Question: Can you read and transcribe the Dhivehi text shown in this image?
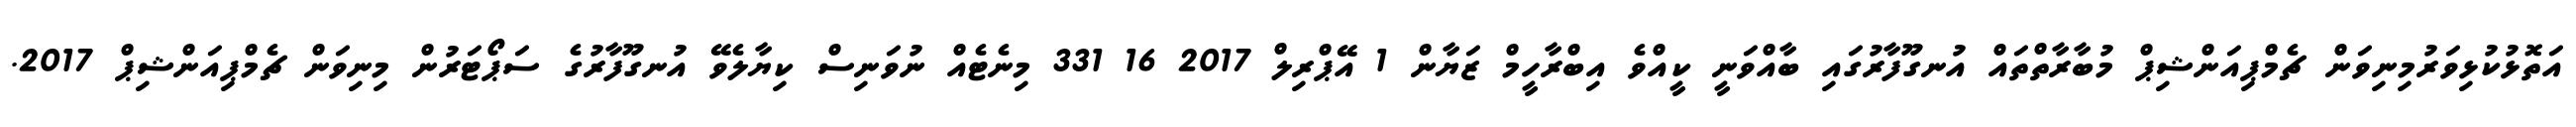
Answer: އަތޮޅުކުޅިވަރުމިނިވަން ޗެމްޕިއަންޝިޕް މުބާރާތްތައް އުނގޫފާރުގައި ބާއްވަނީ ކީއްވެ އިބްރާހީމް ޒަޔާން 1 އޭޕްރިލް 2017 16 331 މިނެޓެއް ނުވަނިސް ކިޔާލެވޭ އުނގޫފާރުގެ ސަޕޯޓަރުން މިނިވަން ޗެމްޕިއަންޝިޕް 2017.